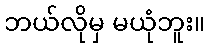
ဘယ်လိုမှ မယုံဘူး။